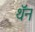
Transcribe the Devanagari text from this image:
थॅन